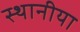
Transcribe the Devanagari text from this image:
स्थानीया